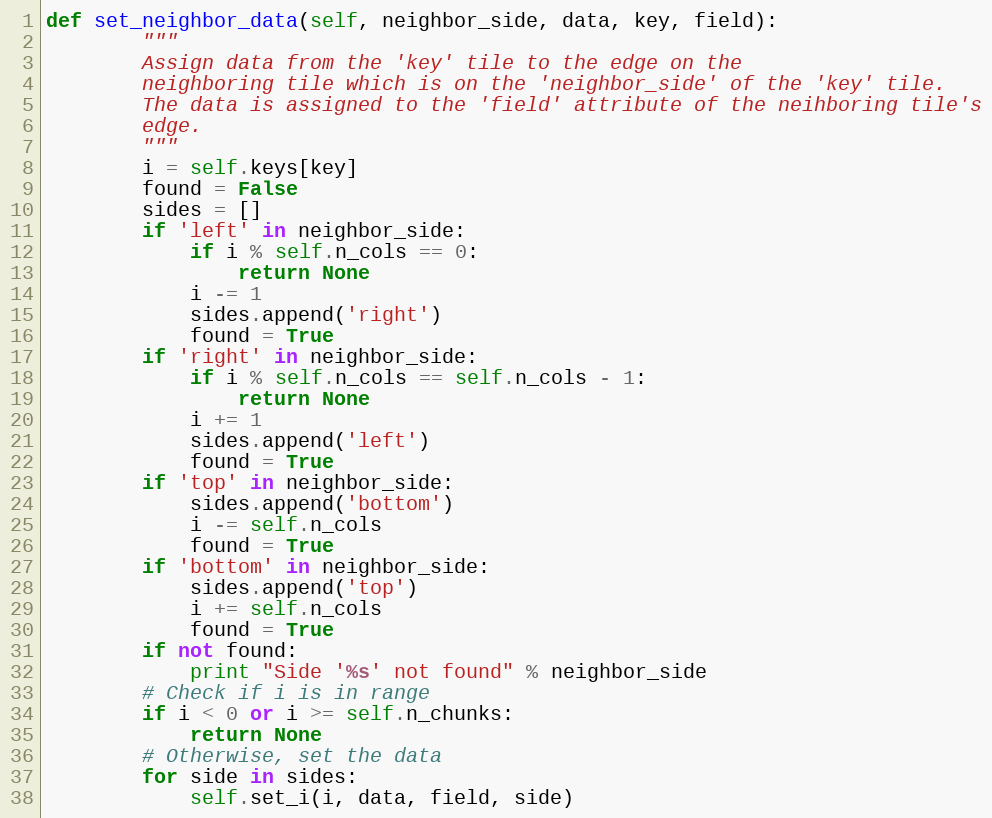
Language: Python
def set_neighbor_data(self, neighbor_side, data, key, field):
        """
        Assign data from the 'key' tile to the edge on the
        neighboring tile which is on the 'neighbor_side' of the 'key' tile.
        The data is assigned to the 'field' attribute of the neihboring tile's
        edge.
        """
        i = self.keys[key]
        found = False
        sides = []
        if 'left' in neighbor_side:
            if i % self.n_cols == 0:
                return None
            i -= 1
            sides.append('right')
            found = True
        if 'right' in neighbor_side:
            if i % self.n_cols == self.n_cols - 1:
                return None
            i += 1
            sides.append('left')
            found = True
        if 'top' in neighbor_side:
            sides.append('bottom')
            i -= self.n_cols
            found = True
        if 'bottom' in neighbor_side:
            sides.append('top')
            i += self.n_cols
            found = True
        if not found:
            print "Side '%s' not found" % neighbor_side
        # Check if i is in range
        if i < 0 or i >= self.n_chunks:
            return None
        # Otherwise, set the data
        for side in sides:
            self.set_i(i, data, field, side)